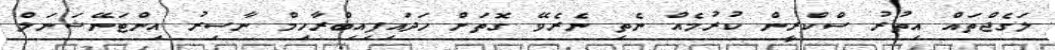
ލަގެޖްތައް އިތުރު ސްކްރީން ކުރުމެއް ނެތި ނެރެވޭ ގޮތަށް ހަދައިފިއިބްރާހިމް ނާސިރު އިންޓަނޭޝަނަލް